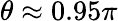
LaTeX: \theta\approx 0.95\pi